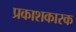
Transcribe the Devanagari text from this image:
प्रकाशकारक